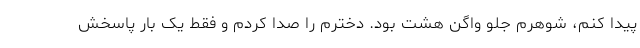
پیدا کنم، شوهرم جلو واگن هشت بود. دخترم را صدا کردم و فقط یک بار پاسخش